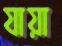
যায়া